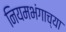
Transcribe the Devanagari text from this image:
नियमभंगाच्या